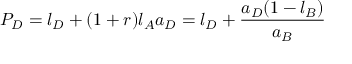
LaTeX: P _ { D } = l _ { D } + ( 1 + r ) l _ { A } a _ { D } = l _ { D } + { \frac { a _ { D } ( 1 - l _ { B } ) } { a _ { B } } }